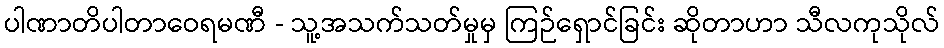
ပါဏာတိပါတာဝေရမဏီ - သူ့အသက်သတ်မှုမှ ကြဉ်ရှောင်ခြင်း ဆိုတာဟာ သီလကုသိုလ်